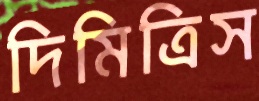
দিমিত্রিস